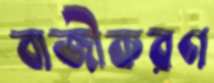
বাজীকরণ